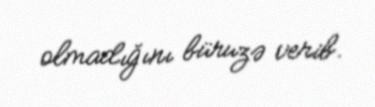
olmadığını büruzə verib.